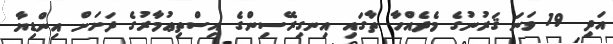
އަދި 19 ވަނަ ޤަރުނުގެ މެދެއްހާ ތާގައި އިނގިރޭސިންގެ އިސްތިޢުމާރުގެ ދަށަށް އިންޑިޔާ